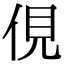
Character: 俔